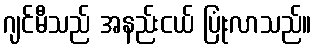
ဂျင်မီသည် အနည်းငယ် ပြုံးလာသည်။